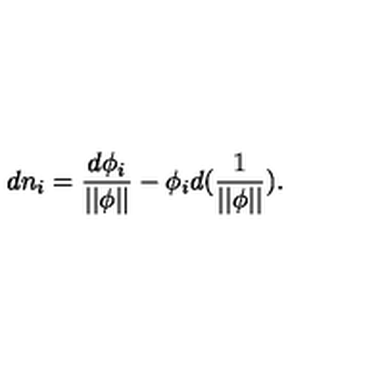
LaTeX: d n _ { i } = \frac { d \phi _ { i } } { | | \phi | | } - \phi _ { i } d ( { \frac 1 { | | \phi | | } } ) .